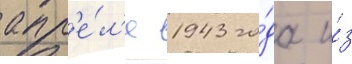
апр'е́л'е 1943 го́да и́з